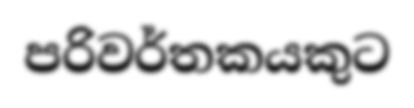
පරිවර්තකයකුට